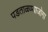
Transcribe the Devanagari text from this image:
पडताळण्याजोगा